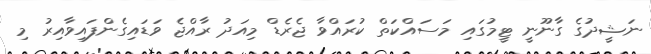
ނަޝީދުގެ ގާނޫނީ ޓީމުގައި މަސައްކަތް ކުރައްވާ ޖެރެޑް މިއަދު ރާއްޖެ ވަޑައިގެންފައިވާއިރު މި